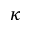
\kappa